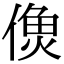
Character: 𩵑